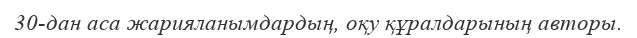
30-дан аса жарияланымдардың, оқу құралдарының авторы.